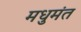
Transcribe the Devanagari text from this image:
मधुमंत